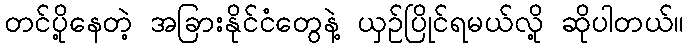
တင်ပို့နေတဲ့ အခြားနိုင်ငံတွေနဲ့ ယှဉ်ပြိုင်ရမယ်လို့ ဆိုပါတယ်။